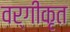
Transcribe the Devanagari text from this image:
वर्गीकृत